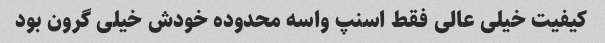
کیفیت خیلی عالی فقط اسنپ واسه محدوده خودش خیلی گرون بود